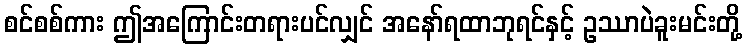
စင်စစ်ကား ဤအကြောင်းတရားပင်လျှင် အနော်ရထာဘုရင်နှင့် ဥဿာပဲခူးမင်းတို့